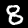
Digit: 8